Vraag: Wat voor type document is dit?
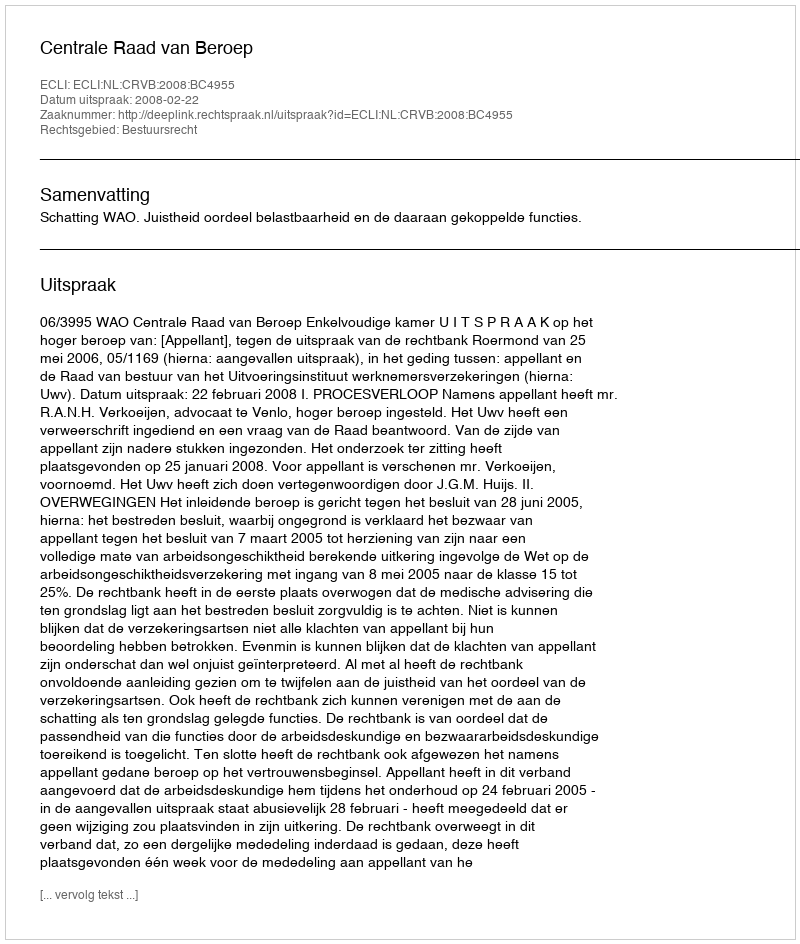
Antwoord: Uitspraak